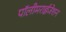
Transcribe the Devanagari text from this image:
पॉलीमराईजेशन